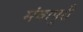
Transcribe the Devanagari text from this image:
मंचापुरी